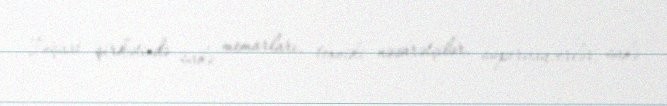
İnşaat şirkətində sahə memarları, texniki nəzarətçilər, supervayzerlər, sahə